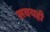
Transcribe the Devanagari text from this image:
सवयही